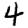
Digit: 4